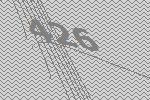
426